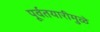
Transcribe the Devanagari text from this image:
पूर्वतयारीमुळे